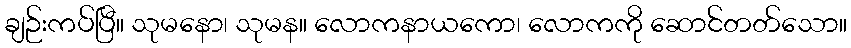
ချဉ်းကပ်ပြီ။ သုမနော၊ သုမန။ လောကနာယကော၊ လောကကို ဆောင်တတ်သော။